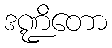
ဒဏ္ဍိတော